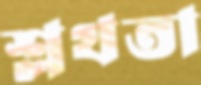
শ্লথতা